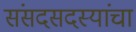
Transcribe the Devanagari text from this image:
संसदसदस्यांचा